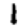
Digit: 1